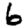
Digit: 6